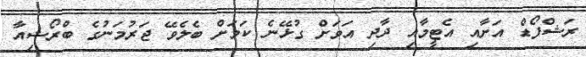
ރަޝްފޯޑް އަށާއި އެޓީމާއި ދާދި އަވަށް ގުޅޭނެ ކަމަށް ބެލެވޭ ޖަރުމަނުގެ ބްރޯޝިއާ